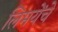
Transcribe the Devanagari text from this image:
लिमयेंंचे